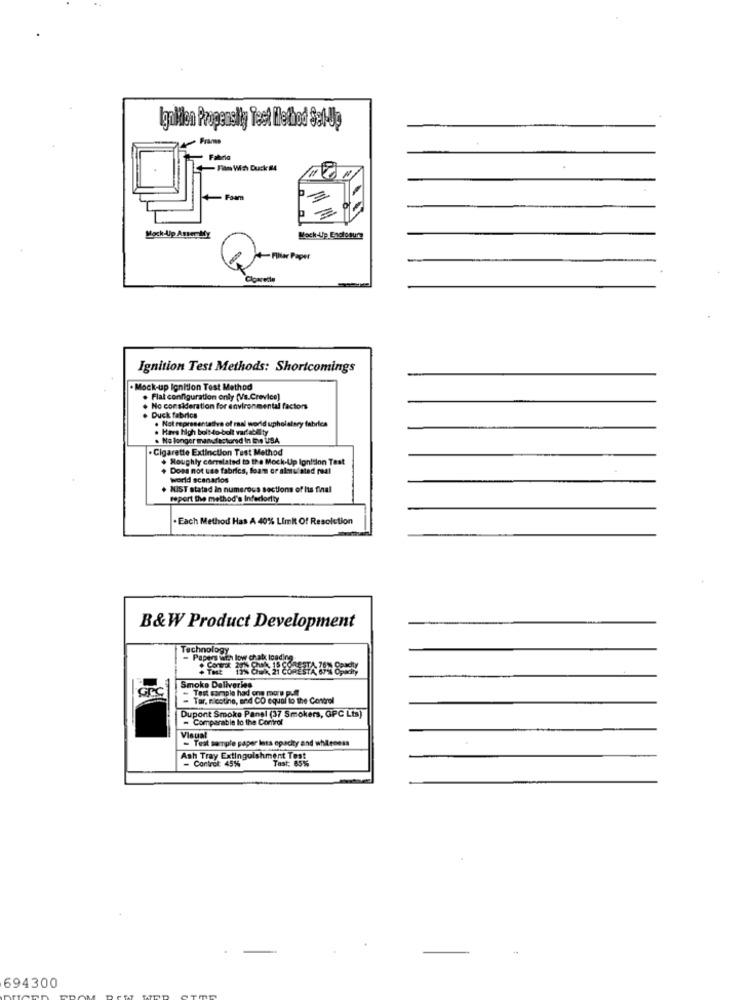
IgaMen Propensity Test Method Set-Up
4 Pranos
Fabric
Rain Wa Duck #4
+ Foam
Mock-Up Asser Aby
Mock-Up Enclosure
Filter Paper
Ignition Test Methods: Shortcomings
. Mock-up Ignition Test Method
Flat configuration only (Vs.Crevice]
No consideration for environmental factors
Duck fabrics
. Not representativa of maal world upholstery fabrics
. Hava high bolt -to-bolt variability
. No longer manufactured In Die USA
.Cigarette Extinction Test Method
. Roughly correlated to the Mock-Up Ignition Test
Does not use fabrics, foam or alenulated real
world scenarios
MIST stated in numerous sections of Its final
report the method's Inferiority
. Each Method Has A 40% Limi Of Resolution
B&W Product Development
Technology
GPC
Smoke Deliveries
Tar. nicotine, and CO equal to the Control
Dupont Smoke Panel (37 Smokers, GPC Lts)
- Comparable lo the Control
Visual
- Teik semple paper less opacity and whileness
- Control: 45%
Tray Extinguishment Tags,
694300